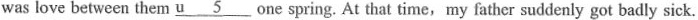
was love between them \underline{u5} one spring. At that time,my father suddenly got badly sick.